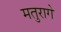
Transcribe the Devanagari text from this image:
मतुरागे